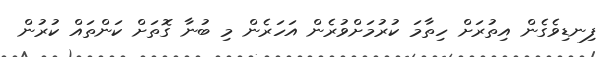
ފިނޑިވެގެން އިތުރަށް ހިތާމަ ކުރުމަށްވުރެން އަހަރެން މި ބުނާ ގޮތަށް ކަންތައް ކުރުން